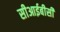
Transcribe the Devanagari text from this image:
सीआईबीसी